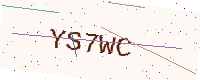
Text: YS7WC